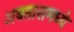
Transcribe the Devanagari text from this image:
अवतारामध्ये